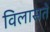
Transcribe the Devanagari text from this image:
विलासते